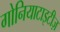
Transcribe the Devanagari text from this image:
गोनियाटाइटीज़